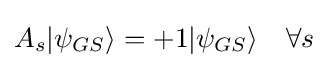
A_{s}|\psi _{GS}\rangle =+1|\psi _{GS}\rangle \quad \forall s